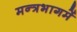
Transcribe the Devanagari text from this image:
मन्त्रभागमें